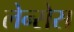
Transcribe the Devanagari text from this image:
लेन्सेस